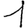
Digit: 1